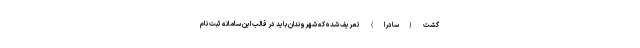
گشت (سادرا) تعریف شده که شهروندان باید در قالب این سامانه ثبت نام